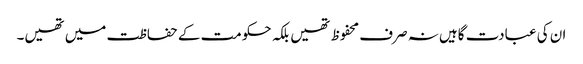
ان کی عبادت گاہیں نہ صرف محفوظ تھیں بلکہ حکومت کے حفاظت میں تھیں۔